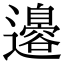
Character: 𮟣